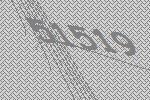
51519